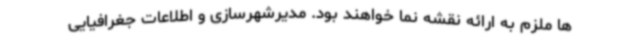
ها ملزم به ارائه نقشه نما خواهند بود. مدیرشهرسازی و اطلاعات جغرافیایی